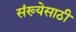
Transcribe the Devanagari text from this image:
संख्‍येसाठी